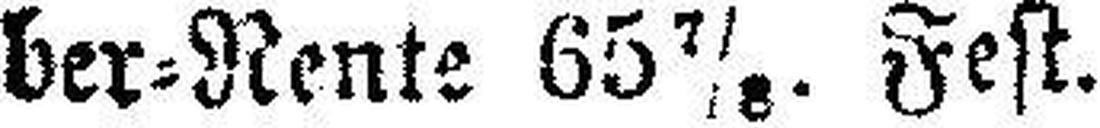
ber=Rente 65 7/8. Fest.